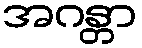
အဂန္တာ